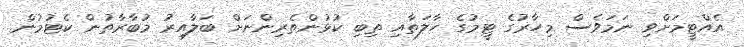
އެއްޓީމަށްވި ނަމަވެސް މިހާރުގެ ޓީމުގެ ހާލަތާއި ތިބި ކުޅުންތެރިންނަށް ބަލާއިރު މުބާރާތުން ކެޓުމުން